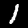
Digit: 1